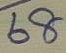
68